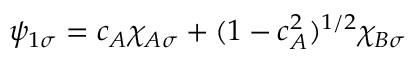
\psi _ { 1 \sigma } = c _ { A } \chi _ { A \sigma } + ( 1 - c _ { A } ^ { 2 } ) ^ { 1 / 2 } \chi _ { B \sigma }